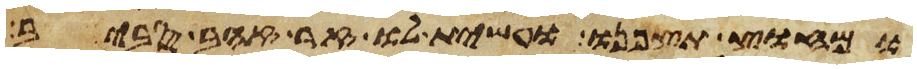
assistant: ומחוץ תצפנו ועשית לו זר זהב סביב